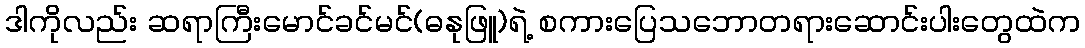
ဒါကိုလည်း ဆရာကြီးမောင်ခင်မင်(ဓနုဖြူ)ရဲ့ စကားပြေသဘောတရားဆောင်းပါးတွေထဲက